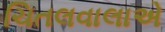
ચિતલવાલાએ